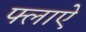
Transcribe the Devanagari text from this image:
फ्लाऐ